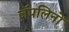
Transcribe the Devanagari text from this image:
ज़ॅपलिनों